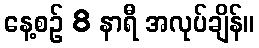
နေ့စဉ် 8 နာရီ အလုပ်ချိန်။